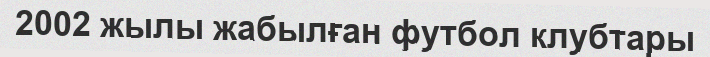
2002 жылы жабылған футбол клубтары